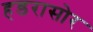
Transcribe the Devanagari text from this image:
हडरासोर